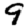
Digit: 9